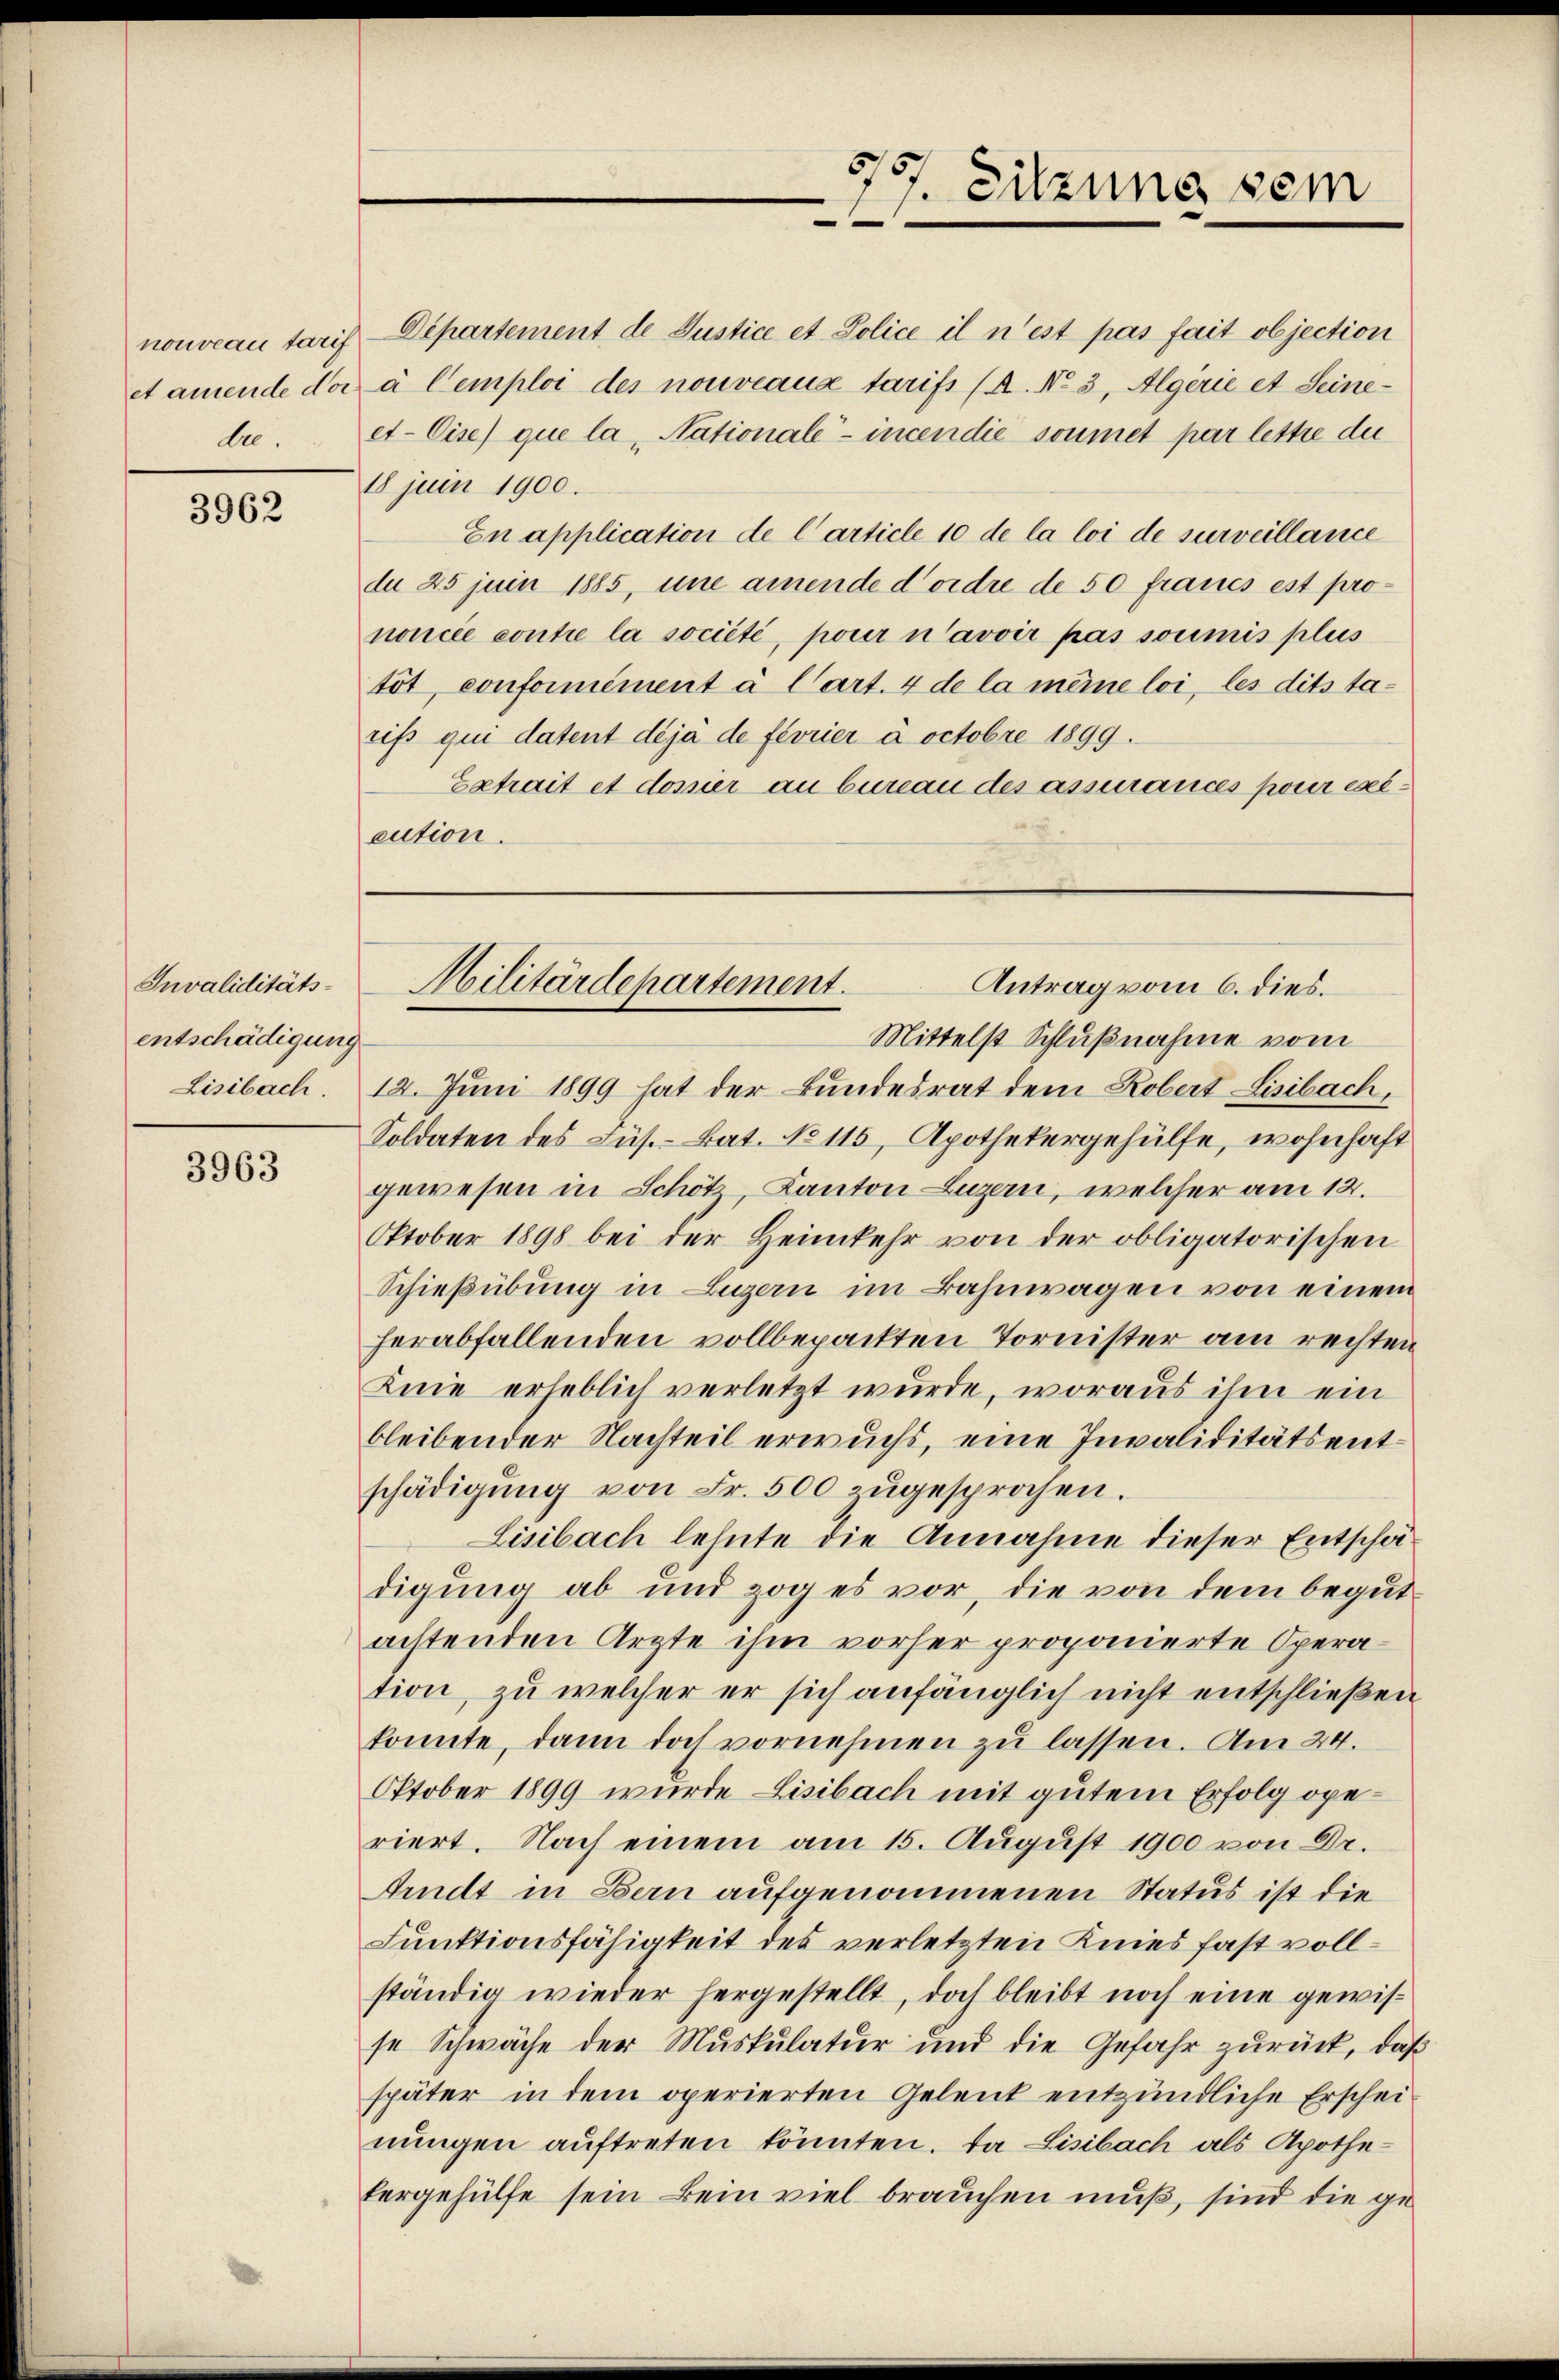
de.

3962

Invaliditäts-
entschädigung
Lisibach.

3963

nouveau taris Departement de Justice et Police il n’est pas fait objection
et amende der à Cemploi des nouveaus tarifs (A. No 3, Algerie et Seineet-Cise) que la, Nationale - incen die soumet par lettre du
18 juin 1900.
En application de l’article 10 de la loi de surveillance
du 25 juin 1885, une amende d’ordre de 50 francs est prononcée contre la société, pour n’avoir pas soumis plus
töt, conformément à Cart. 4 de la meine loi, les dits tarifs qui datent déjà de février à octobre 1899.
Extrait et dossier an bureau des assurances pour exicution.

757. Sitzung sein
¬

Militärdepartement.
Antrag vom 6. dies.

Mittelst Schlußnahme vom
12. Juni 1899 hat der Bundesrat dem Robert Lisibach,
Soldaten des Lüs. - Bat. No 115, Apothekergehülfe, wohnhaft
gewesen in Schöt Kanton Luzern, welcher am 12.
Oktober 1898 bei der Heimkehr von der obligatorischen
Schießübung in Luzern im Bahnwagen von einem
herabfallenden vollbepackten Tornister am rechten
Knie erheblich verletzt wurde, woraus ihm ein
bleibender Nachteil erwuchs, eine Invaliditätsentschädigŭng von Fr. 500 zŭgesprochen.
Lisibach lehnte die Annahme dieser Entschädigung ab und zog es vor, die von dem begutachtenden Arzte ihm vorher proponierte Operation, zu welcher er sich anfänglich nicht entschließen
konnte, dann doch vornehmen zu lassen. Am 24.
Oktober 1899 wurde Lisibach mit gutem Erfolg geriert. Nach einem am 15. August 1900 von Dr.
Arndt in Bern aufgenommenen Status ist die
Funktionsfähigkeit des verletzten Knies fast vollständig wieder hergestellt, doch bleibt noch eine gewisse Schwäche der Muskulatur und die Gefahr zurück, daß
später in dem operierten Gelent entzündliche Erscheinŭngen auftreten könnten. Da Lisibach als Apothefergehülfe sein kein viel brauchen muß, sind die ge¬